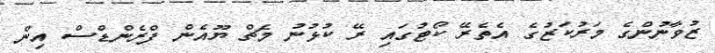
ޒުވާނުންގެ މަރުކަޒުގެ އެތެރޭ ކޯޓުގައި ރޭ ކުޅުނު މެޗް ޔޫއެން ފްރެންޑްސް އިން